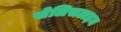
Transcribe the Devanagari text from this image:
सेलिसटाइन